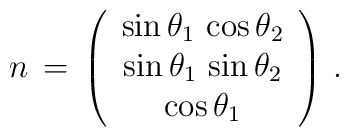
n \, = \, \left( \begin{array}{c}                     \sin \theta_1 \, \cos \theta_2  \\                     \sin \theta_1 \, \sin \theta_2  \\                     \cos \theta_1                    \end{array}             \right) \, .